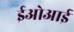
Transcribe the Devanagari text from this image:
ईओआई